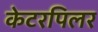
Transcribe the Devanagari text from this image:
केटरपिलर